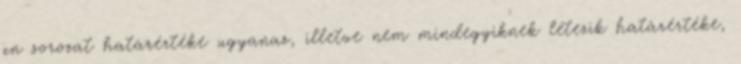
xn sorozat határértéke ugyanaz, illetve nem mindegyiknek létezik határértéke,